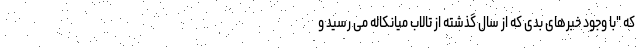
که "با وجود خبرهای بدی که از سال گذشته از تالاب میانکاله می رسید و